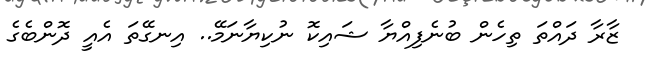
ޒާރާ ދައްތަ ތިހެން ބުނެފިއްޔާ ޝައިކޮ ނުކިޔާނަމޭ.. އިނގޭތަ އެއީ ދޮންބެގެ